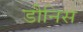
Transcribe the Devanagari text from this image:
डीनिस